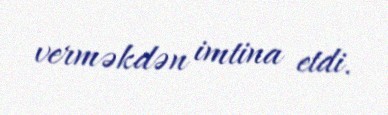
verməkdən imtina etdi.